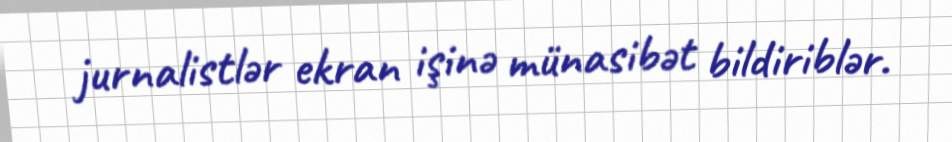
jurnalistlər ekran işinə münasibət bildiriblər.